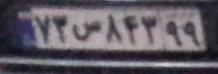
۷۳س۸۴۳۹۹